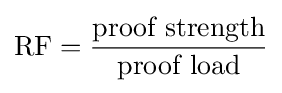
{\text{RF}}={\frac {\text{proof strength}}{\text{proof load}}}